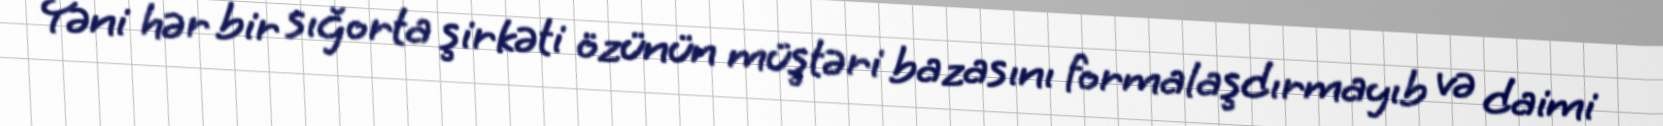
Yəni hər bir sığorta şirkəti özünün müştəri bazasını formalaşdırmayıb və daimi